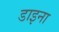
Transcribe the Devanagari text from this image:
डाइना